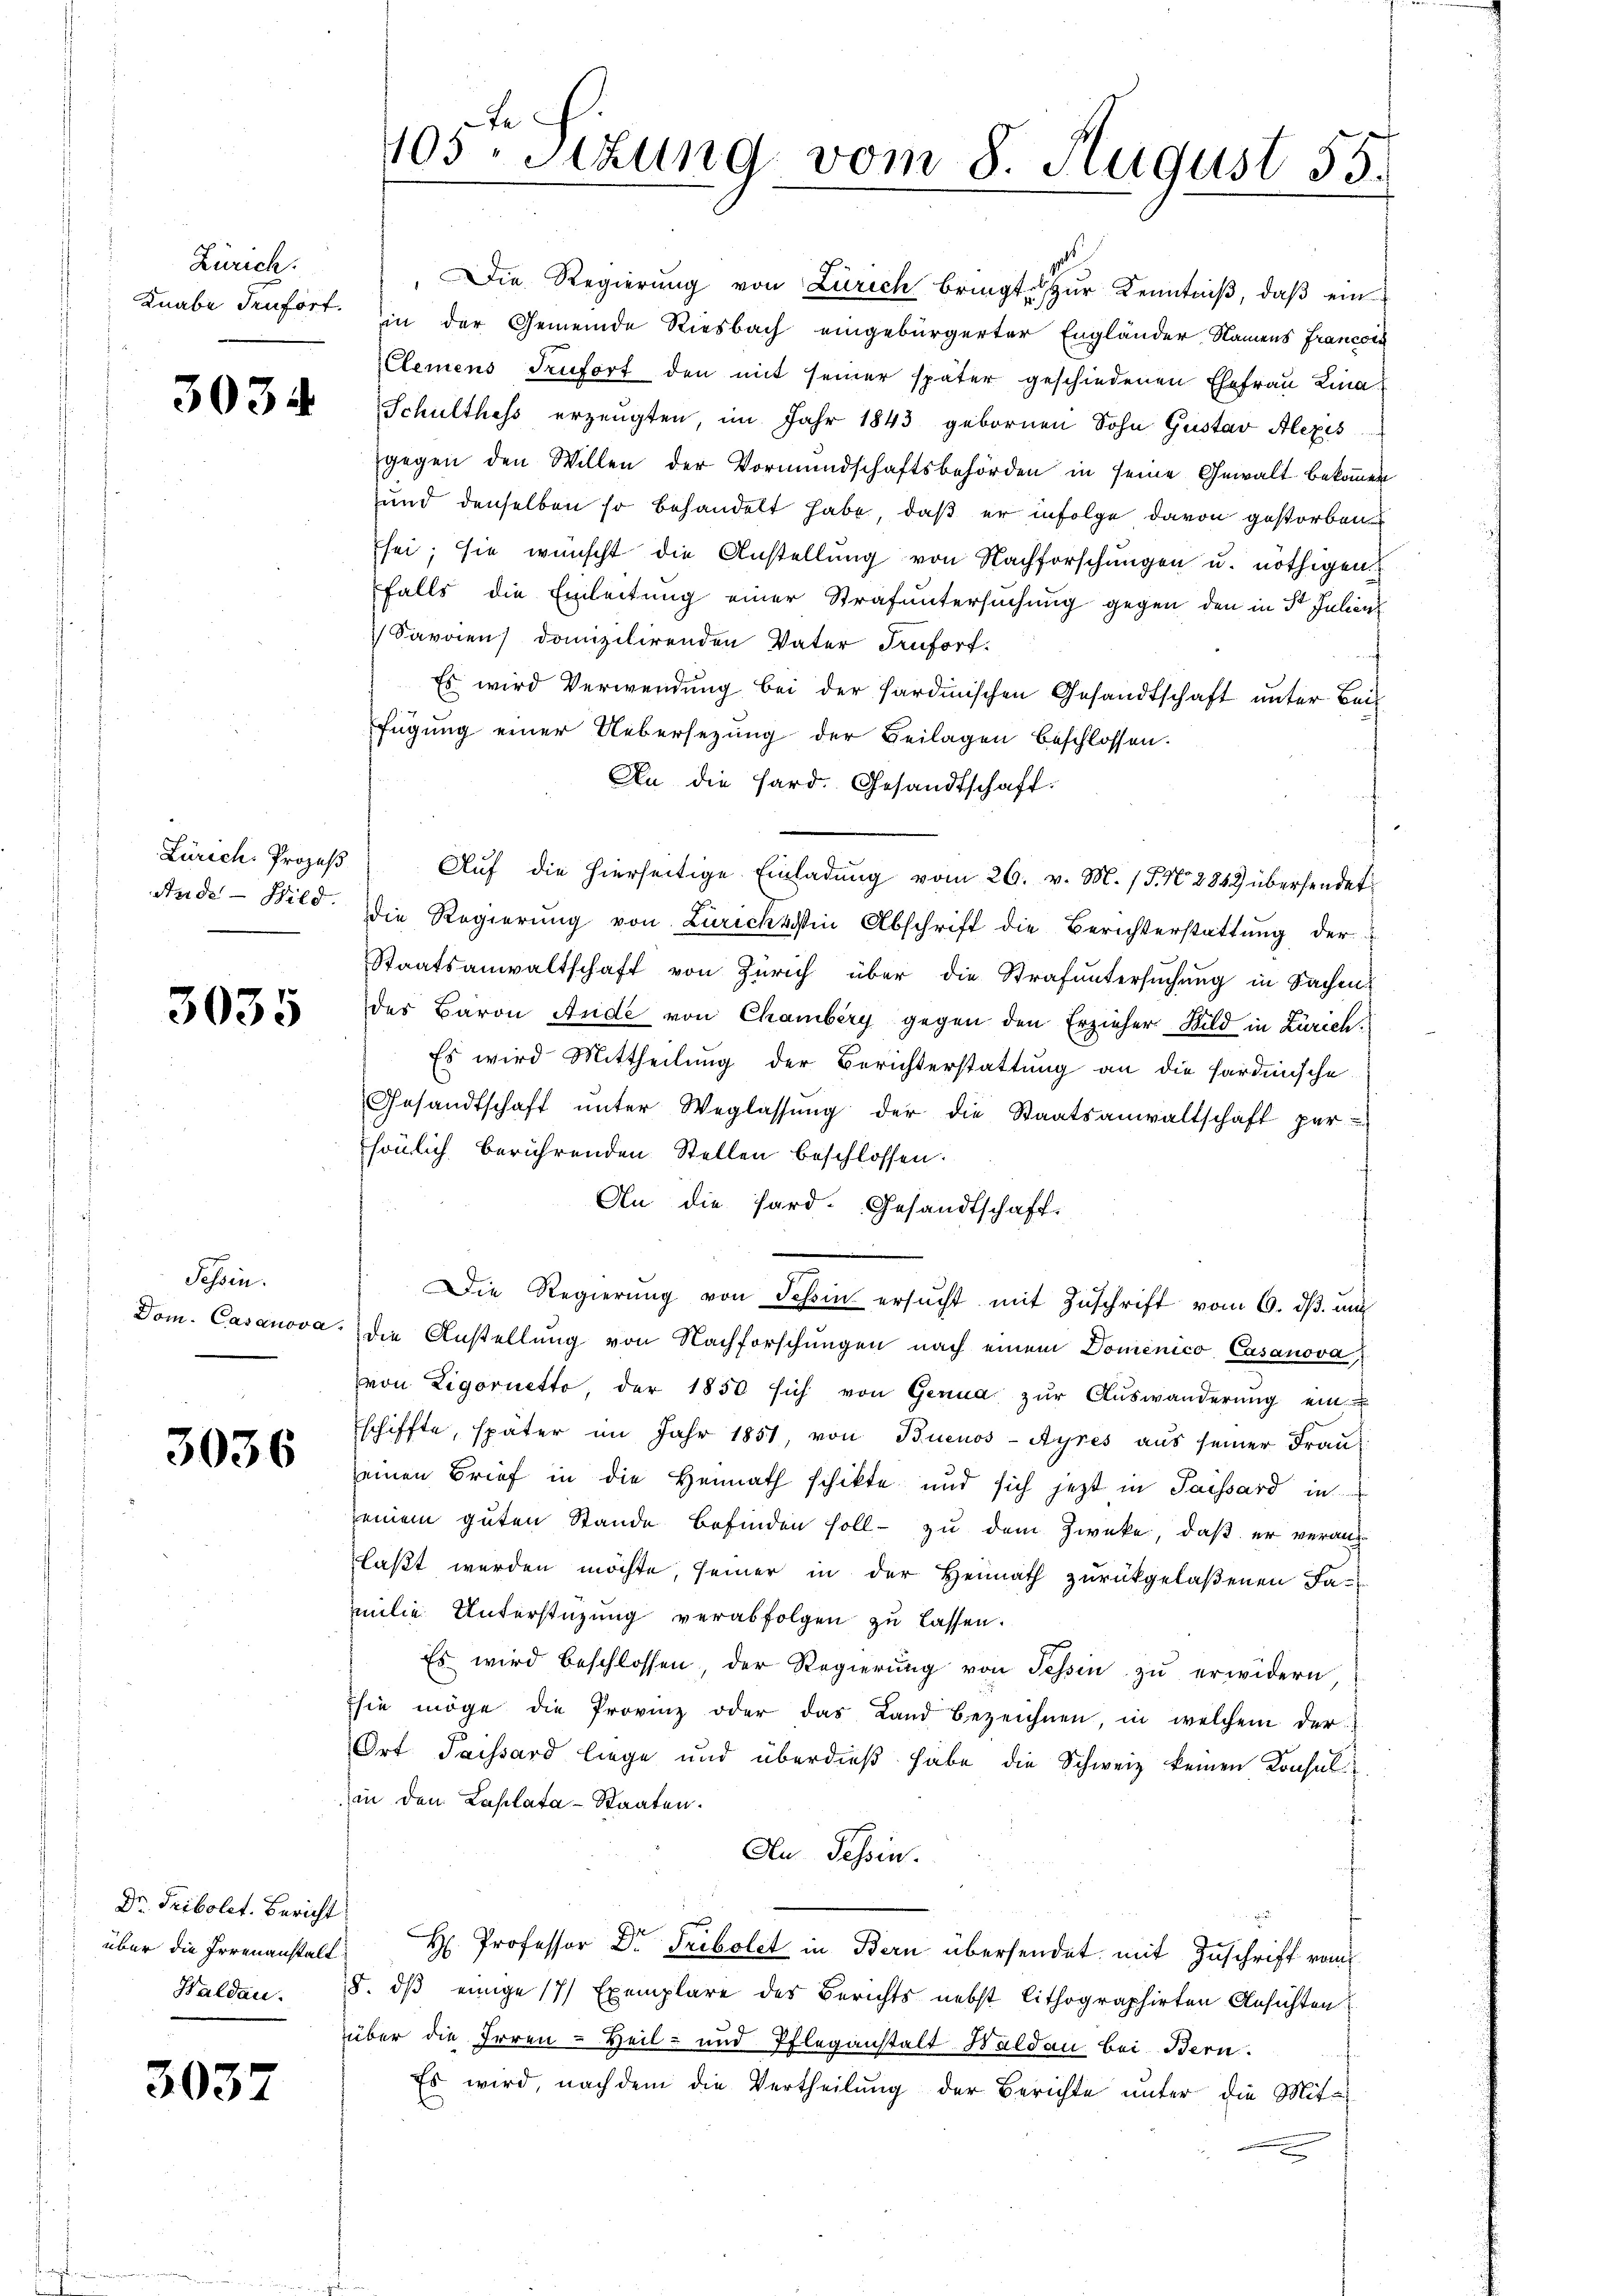
Zürich.

3034

Zürich. Prozeß
Aude - Hild.

3035

Tessin.
Dom. Casanova

3036

Dr. Tribolet. Bericht
über die Irrenanstalt
Waldau.

3037

Ste
105. Sizung vom 8. August 55.

Die Regierung von Zürich bringt zur Kenntniß, daß ein
Knabe denfort. in der Gemeinde Riesbach eingebürgerter Engländer, Namens Francon
Clemens Teufort den mit seiner später geschiedenen Ehefrau Lina
Schulthess erzeugten, im Jahr 1843 gebornen Sohn Gustav Alexis
gegen den Willen der Vormundschaftsbehörden in seine Gewalt bekommen
und denselben so behandelt habe, daß er infolge davon gestorben
sei; sie wünscht die Anstellŭng von Nachforschŭngen u. nöthigen
falls die Einleitung einer Strafuntersuchung gegen den in 5t Julienz
Savaien domizilirenden Vater Teuforf.
Es wird Verwendung bei der Sardinischen Gesandtschaft unter Beifügung einer Uebersezung der Beilagen beschlossen.
An die Hard. Gesandtschaft.
Auf die hierseitige Einladung vom 26. v. M. (T. N. 2849 übersendet
die Regierung von Zürichtssin Abschrift die Berichterstattung der
Staatsanwaltschaft von Zürich über die Strafŭntersŭchŭng in Sachen
des Baron Ande von Chamberg gegen den Erzieher Bild in Zürich¬
Es wird Mittheilung der Berichterstattung an die Hardische
Gesandtschaft ŭnter Weglassŭng der die Staatsanwaltschaft per-
sönlich berührenden Stellen beschlossen:
An die Pard. Gesandtschaft.
Die Regierung von Schin ersucht mit Zuschrift vom 6. ds. au
die Anstellung von Nachforschungen nach einem Domenico Casanova
von Ligorietto, der 1850 sich von Genua zŭr Aŭswanderŭng ein
schiffte, später im Jahr 1851, von Buenos-Ayres aŭs seiner Fraŭ
einen Brief in die Heimath schikte und sich jetzt in Passard in
seinem guten Stande befinden soll zu dem Zwecke, daß er veranlaßt werden möchte, seiner in der Heimath zurückgelaßenen Familie Unterstüzung verabfolgen zu lassen.
Es wird beschlossen, der Regierung von Tessin zu erwidern,
sie möge die Provinz oder das Land bezeichnen, in welchem der
Ort Taissard liege und überdieβ habe die Schweiz keinen Konsul
in den Laplata-Staaten.
An Tessin.
" H. Professor Dr Fribolet in Bern übersendet mit Zuschrift vom
§. dß einige 17 Exemplare des Berichts nebst lithographirten Ansichten
über die Irren-Heil- und Pflegenstalt Haldau bei Bern.
Es wird, nach dem die Vertheilung der Berichte unter die Mit¬